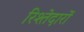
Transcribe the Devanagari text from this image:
रिश्‍तेदारों